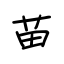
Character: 苗